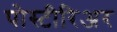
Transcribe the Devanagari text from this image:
पोस्टीरिअर